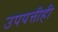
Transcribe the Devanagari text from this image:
उपपत्तीही